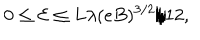
0 \leq \mathcal { E } \leq L \lambda ( e B ) ^ { 3 / 2 } / 1 2 ,